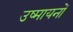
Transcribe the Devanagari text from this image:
उष्मायनों